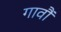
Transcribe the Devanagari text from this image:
गावौं